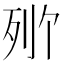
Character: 𬆒